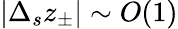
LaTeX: |\Delta_{s}z_{\pm}|\sim O(1)